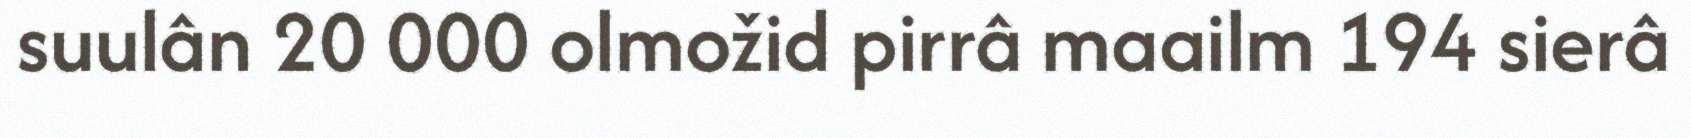
suulân 20 000 olmožid pirrâ maailm 194 sierâ